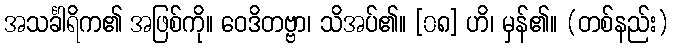
အသင်္ခါရိက၏ အဖြစ်ကို။ ဝေဒိတဗ္ဗာ၊ သိအပ်၏။ [၀၈] ဟိ၊ မှန်၏။ (တစ်နည်း)